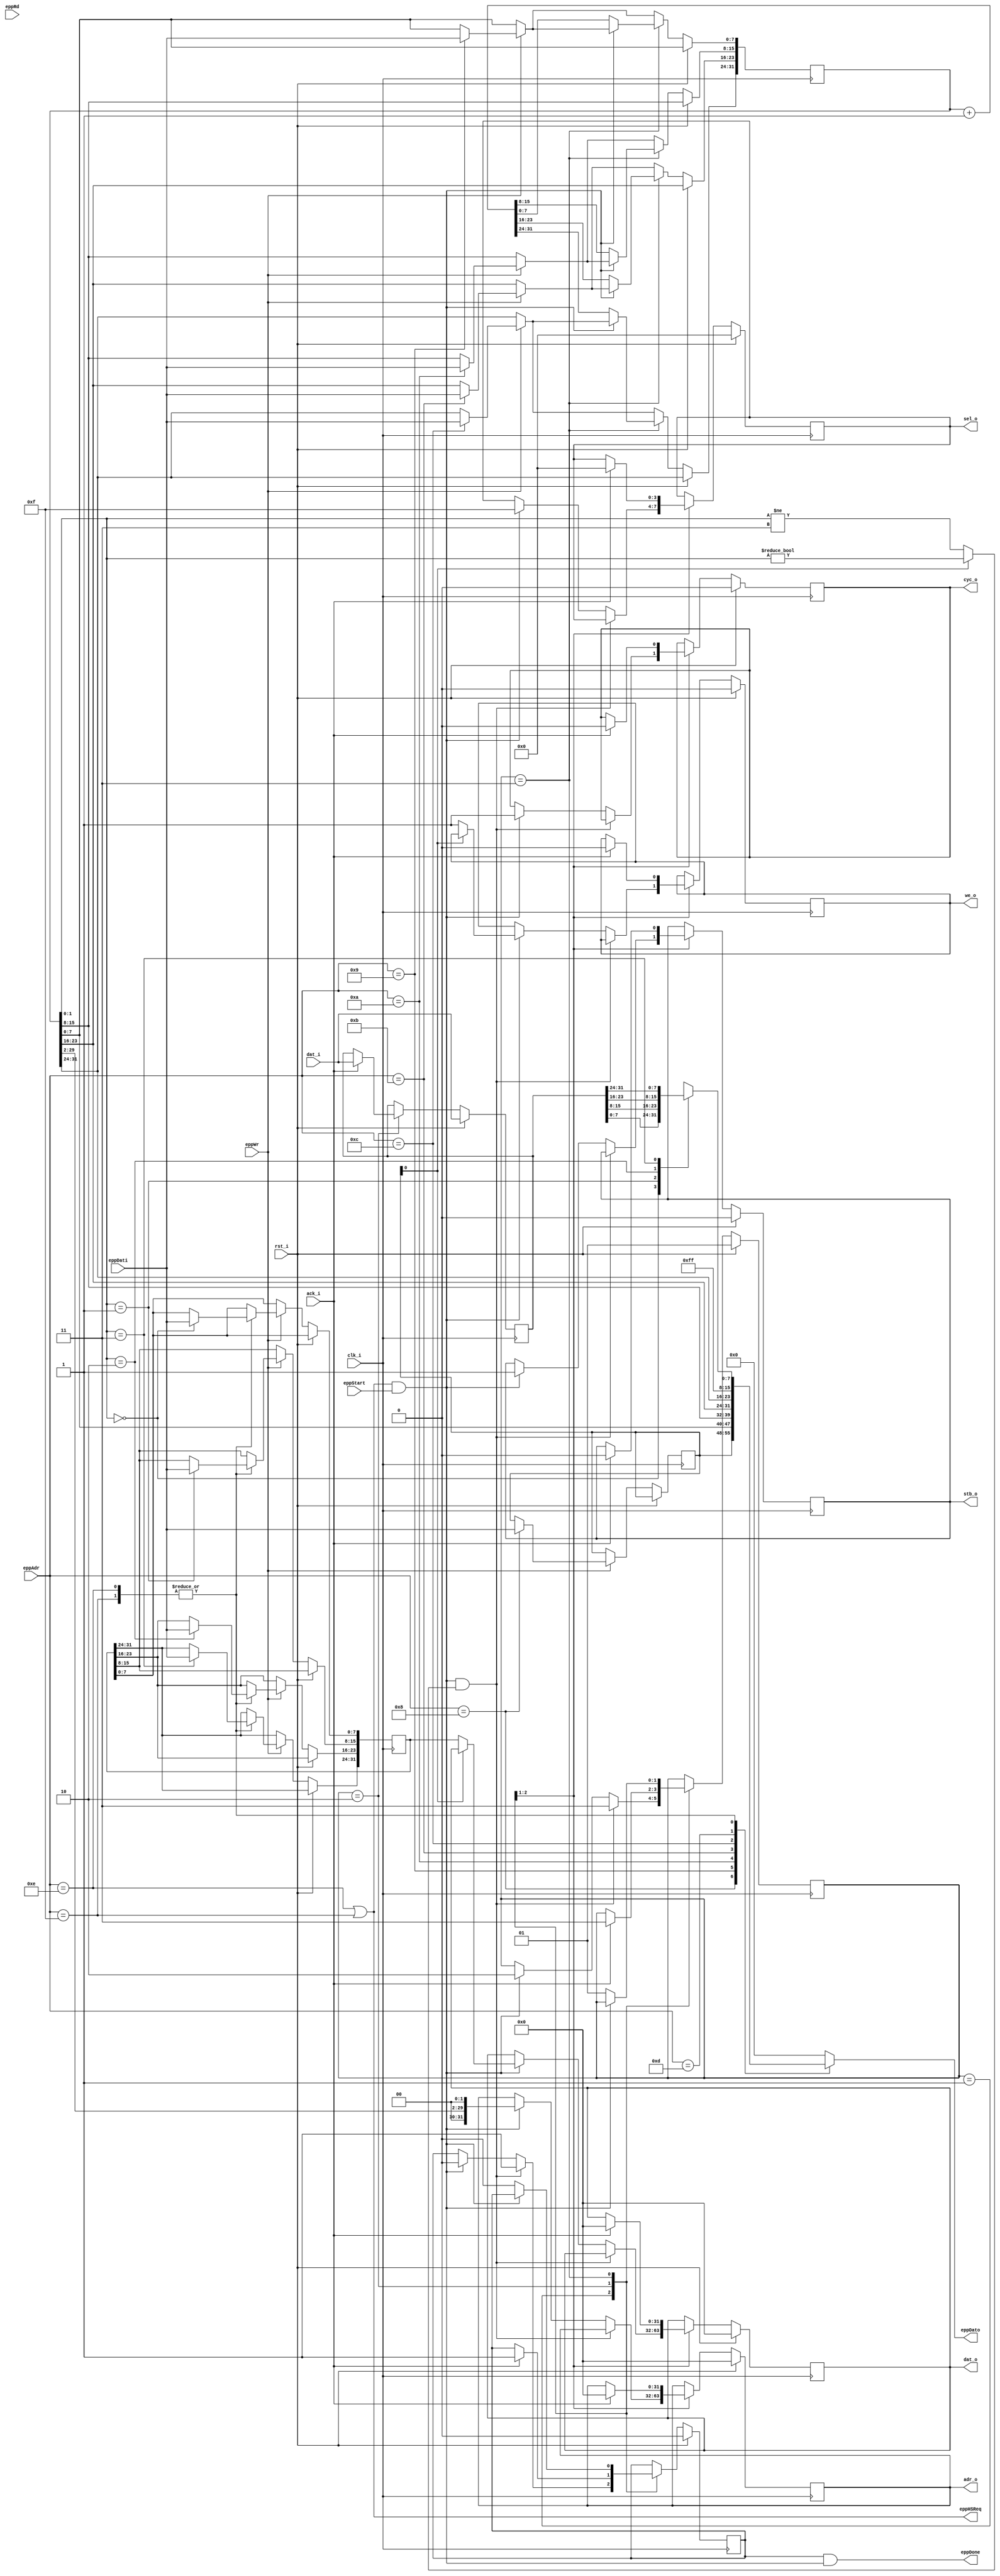
module EppToWB(rst_i, clk_i, eppWr, eppRd, eppAdr, eppDati, eppDato, eppHSReq, eppDone, eppStart,
	cyc_o, stb_o, ack_i, we_o, sel_o, adr_o, dat_i, dat_o
);
parameter IDLE = 2'd1;
parameter WB_NACK = 2'd2;
parameter EPP_NACK = 2'd3;

input rst_i;
input clk_i;
// Epp interface
input eppWr;
input eppRd;
input [7:0] eppAdr;
input [7:0] eppDati;
output reg [7:0] eppDato;
output eppHSReq;
output eppDone;
input eppStart;

output reg cyc_o;
output reg stb_o;
input ack_i;
output reg we_o;
output reg [3:0] sel_o;
output reg [31:0] adr_o;
input [31:0] dat_i;
output reg [31:0] dat_o;

reg [1:0] state;
reg [7:0] ectl;
reg [31:0] eadr;
reg [31:0] edat;
reg [31:0] edato;
reg eppDone1;
assign eppHSReq = eppAdr==8'h0E || eppAdr==8'h0F;
wire eppCycle = (eppAdr==8'h0E || eppAdr==8'h0F) && eppStart;
wire eppDudCycle = (!ectl[0] ? eadr[1:0]!=2'b11 : eadr[1:0]!=2'b00);
assign eppDone = eppDone1 & eppCycle;

always @(posedge clk_i)
if (rst_i) begin
	state <= IDLE;
	wb_nack();
	eppDone1 <= 1'b0;
end
else begin
	// - - - - - - - - - - - - - - - - - - - - - - - - - - - - - - - -
	// Epp control register access
	// - - - - - - - - - - - - - - - - - - - - - - - - - - - - - - - -
	//
	if (eppWr) begin
		case(eppAdr)
		8'h08:	ectl <= eppDati;
		8'h09:	eadr[7:0] <= eppDati;
		8'h0A:	eadr[15:8] <= eppDati;
		8'h0B:	eadr[23:16] <= eppDati;
		8'h0C:	eadr[31:24] <= eppDati;
		8'h0D:	;
		8'h0E,8'h0F:
			case(eadr[1:0])
			2'b00:	edat[7:0] <= eppDati;
			2'b01:	edat[15:8] <= eppDati;
			2'b10:	edat[23:16] <= eppDati;
			2'b11:	edat[31:24] <= eppDati;
			endcase
		endcase
	end

	case(state)
	IDLE:	
		if (eppCycle & eppDudCycle) begin
			state <= EPP_NACK;
			eppDone1 <= 1'b1;
		end
		else if (eppCycle) begin
			eppDone1 <= 1'b0;
			if (ectl[0]) begin
				wb_read({2'b00,eadr[29:2],2'b00});
				state <= WB_NACK;
			end
			else begin
				wb_write({2'b00,eadr[29:2],2'b00},edat);
				state <= WB_NACK;
			end
		end
	WB_NACK:
		if (ack_i) begin
			wb_nack();
			eppDone1 <= 1'b1;
			state <= EPP_NACK;
		end
	EPP_NACK:
		if (eppCycle==1'b0) begin
			state <= IDLE;
			eppDone1 <= 1'b0;
			eadr <= eadr + 32'd1;
		end
	endcase
end


always @(eppAdr,ectl,eadr,edato)
begin
	case(eppAdr)
	8'h08:	eppDato <= ectl;
	8'h09:	eppDato <= eadr[ 7: 0];
	8'h0A:	eppDato <= eadr[15: 8];
	8'h0B:	eppDato <= eadr[23:16];
	8'h0C:	eppDato <= eadr[31:24];
	8'h0D:	eppDato <= 8'hFF;
	8'h0E,8'h0F:
		case(eadr[1:0])
		2'b00:	eppDato <= edato[7:0];
		2'b01:	eppDato <= edato[15:8];
		2'b10:	eppDato <= edato[23:16];
		2'b11:	eppDato <= edato[31:24];
		endcase
	default:	eppDato <= 8'h00;
	endcase
end

task wb_read;
input [31:0] adr;
begin
	cyc_o <= 1'b1;
	stb_o <= 1'b1;
	sel_o <= 4'hF;
	adr_o <= {2'b00,adr[29:2],2'b00};
end
endtask

task wb_write;
input [31:0] adr;
input [31:0] dat;
begin
	cyc_o <= 1'b1;
	stb_o <= 1'b1;
	we_o <= 1'b1;
	sel_o <= 4'hF;
	adr_o <= {2'b00,adr[29:2],2'b00};
	dat_o <= dat;
end
endtask

task wb_nack;
begin
	cyc_o <= 1'b0;
	stb_o <= 1'b0;
	we_o <= 1'b0;
	sel_o <= 4'h0;
	adr_o <= 32'h0;
	dat_o <= 32'd0;
	edato <= dat_i;
end
endtask

endmodule